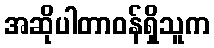
အဆိုပါတာဝန်ရှိသူက